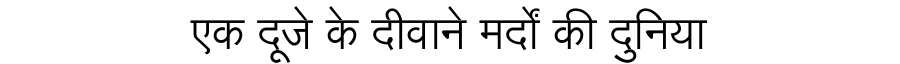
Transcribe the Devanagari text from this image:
एक दूजे के दीवाने मर्दों की दुनिया